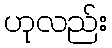
ဟုလည်း